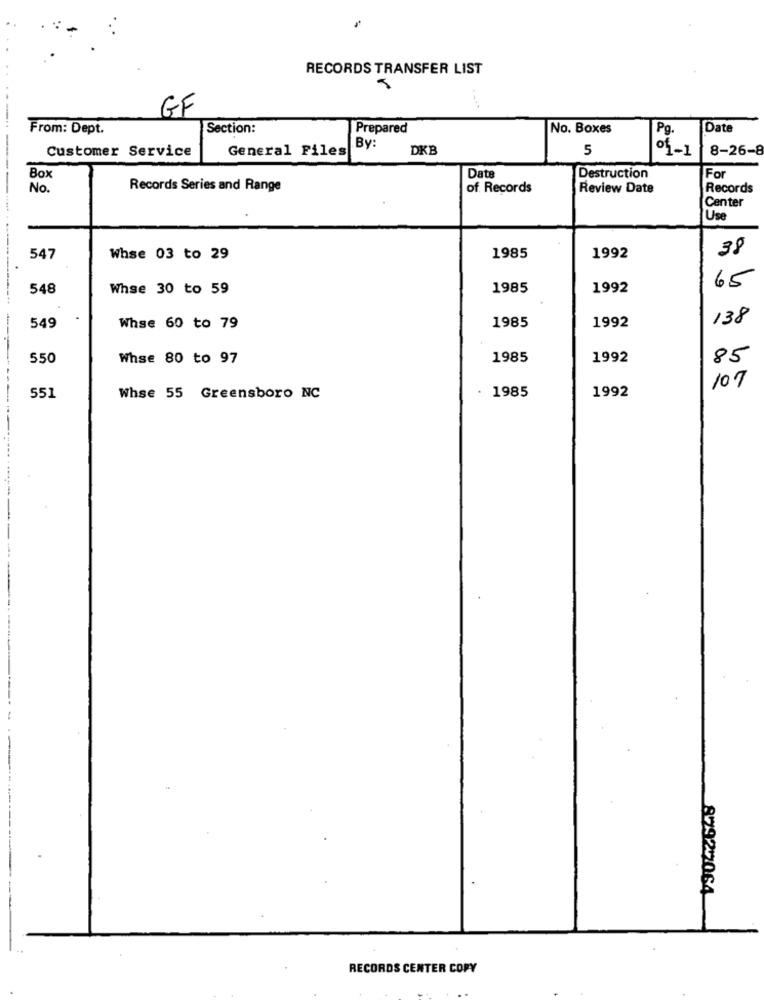
RECORDS TRANSFER LIST
GF
From: Dept.
Section:
Prepared
No. Boxes
Pg.
Date
Customer Service
General Files
By:
DKB
5
of-1
8-26-8
Date
----
Box
Destruction
For
No.
Records Series and Range
of Records
Review Date
Records
Center
Use
---
38
547
Whse 03 to 29
1985
1992
65
548
Whse 30 to 59
1985
1992
1985
138
549
Whse 60 to 79
1992
550
Whse 80 to 97
1985
1992
85
1985
1992
107
551
Whse 55 Greensboro NC
87922064
RECORDS CENTER COPY